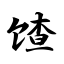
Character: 馇